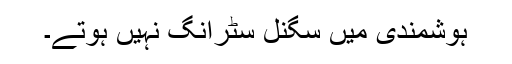
ہوشمندی میں سگنل سٹرانگ نہیں ہوتے۔